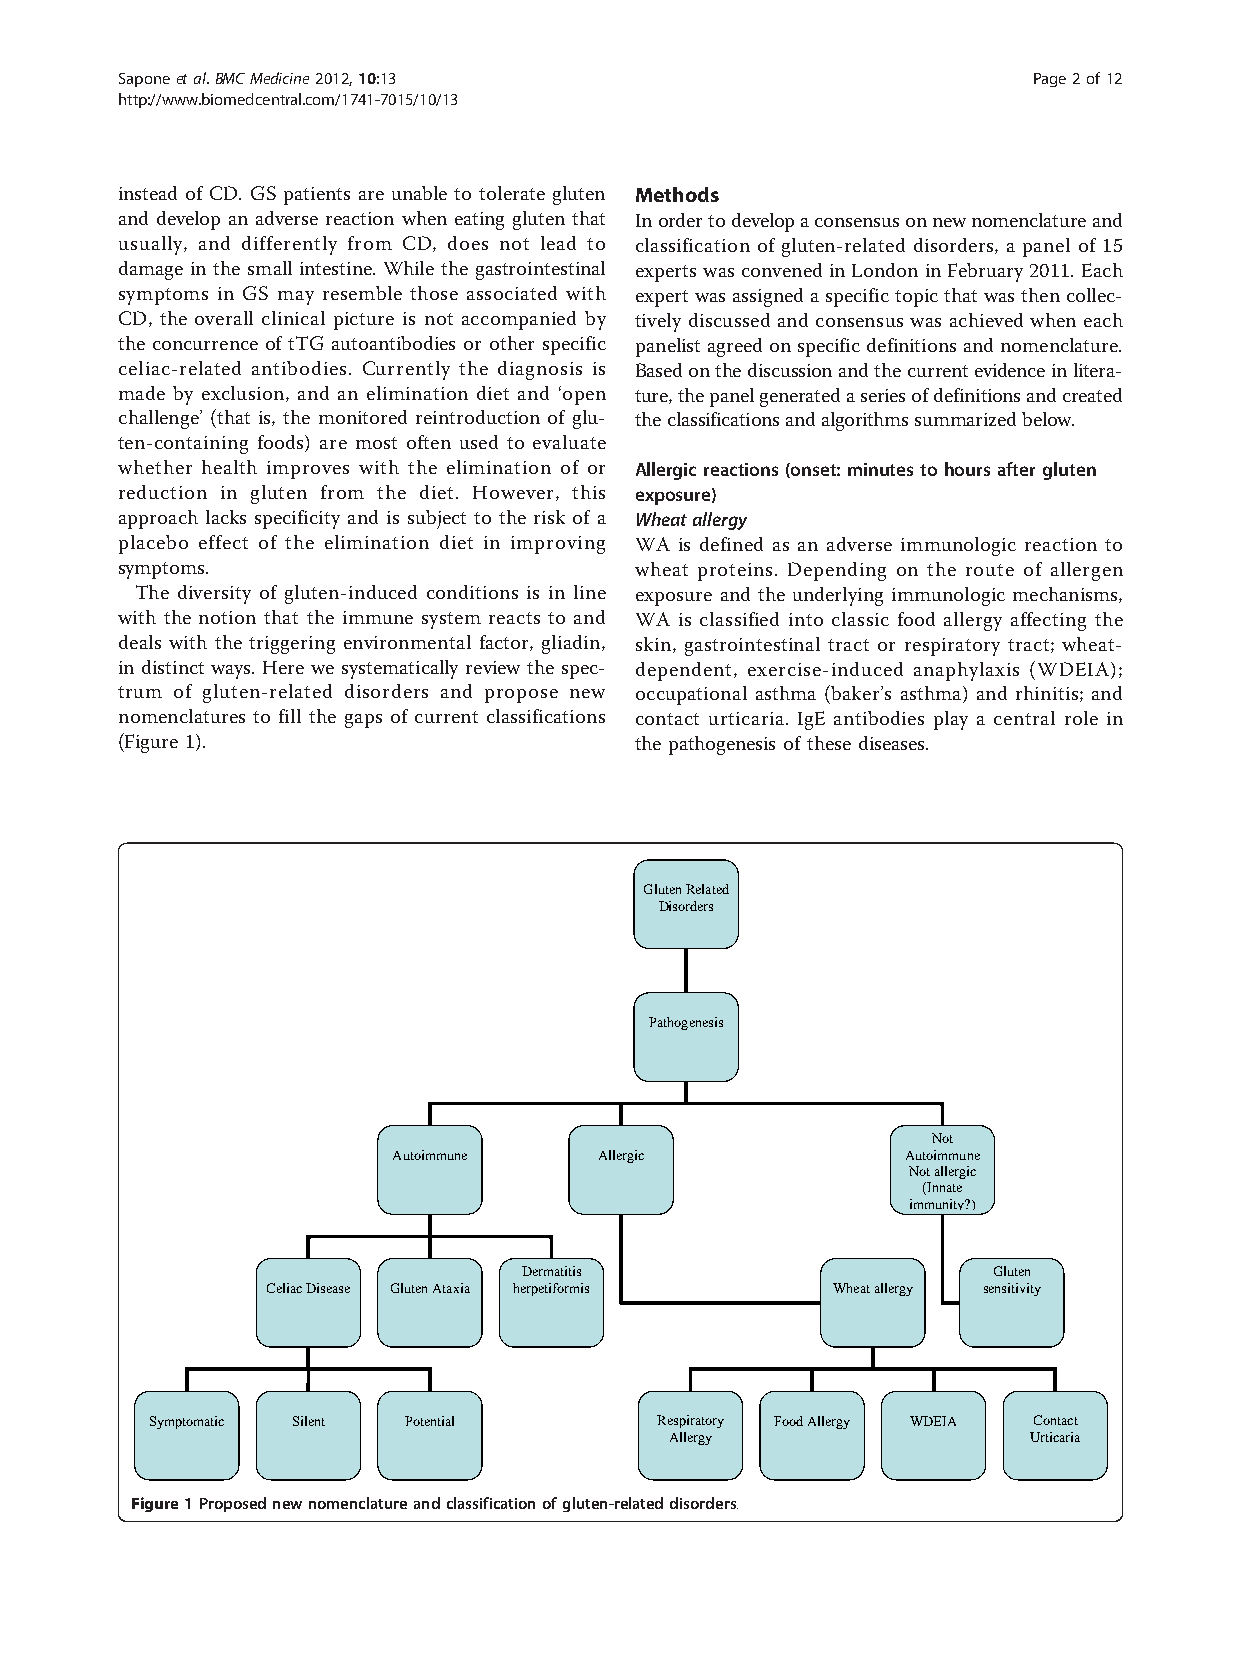
Saponeetal.BMCMedicine2012,10:13                            Page2of12
 http://www.biomedcentral.com/1741-7015/10/13
 instead of CD. GS patients are unable to tolerate gluten Methods
 and develop an adverse reaction when eating gluten that Inordertodevelopaconsensusonnewnomenclatureand
 usually, and differently from CD, does not lead to classification of gluten-related disorders, a panel of 15
 damage in the small intestine. While the gastrointestinal experts wasconvened inLondoninFebruary 2011. Each
 symptoms in GS may resemble those associated with expertwasassigned aspecifictopic that wasthencollec-
 CD, the overall clinical picture is not accompanied by tively discussed and consensus was achieved when each
 the concurrence of tTG autoantibodies or other specific panelistagreed onspecificdefinitionsand nomenclature.
 celiac-related antibodies. Currently the diagnosis is Basedonthediscussionandthecurrentevidenceinlitera-
 made by exclusion, and an elimination diet and ‘open ture,thepanelgeneratedaseriesofdefinitionsandcreated
 challenge’ (that is, the monitored reintroduction of glu- theclassificationsandalgorithmssummarizedbelow.
 ten-containing foods) are most often used to evaluate
 whether health improves with the elimination of or Allergic reactions (onset: minutes to hoursafter gluten
 reduction in gluten from the diet. However, this exposure)
 approach lacks specificity and is subject to the risk of a Wheat allergy
 placebo effect of the elimination diet in improving WA is defined as an adverse immunologic reaction to
 symptoms.                         wheat proteins. Depending on the route of allergen
 The diversity of gluten-induced conditions is in line exposure and the underlying immunologic mechanisms,
 with the notion that the immune system reacts to and WA is classified into classic food allergy affecting the
 deals with the triggering environmental factor, gliadin, skin, gastrointestinal tract or respiratory tract; wheat-
 in distinct ways. Here we systematically review the spec- dependent, exercise-induced anaphylaxis (WDEIA);
 trum of gluten-related disorders and propose new occupational asthma (baker’s asthma) and rhinitis; and
 nomenclatures to fill the gaps of current classifications contact urticaria. IgE antibodies play a central role in
 (Figure 1).                       the pathogenesis of these diseases.
 Gluten Related
 Disorders
 Pathogenesis
 Not
 Autoimmune    Allergic            Autoimmune
 Not allergic
 (Innate
 immunity?)
 Dermatitis                     Gluten
 Celiac Disease Gluten Ataxia herpetiformis Wheat allergy sensitivity
 Symptomatic Silent Potential     Respiratory Food Allergy WDEIA Contact
 Allergy                 Urticaria
 36
 Figure1Proposednewnomenclatureandclassificationofgluten-relateddisorders.